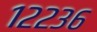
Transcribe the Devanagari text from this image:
१२२३६